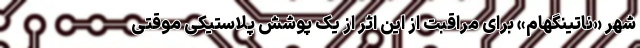
شهر «ناتینگهام» برای مراقبت از این اثر از یک پوشش پلاستیکی موقتی